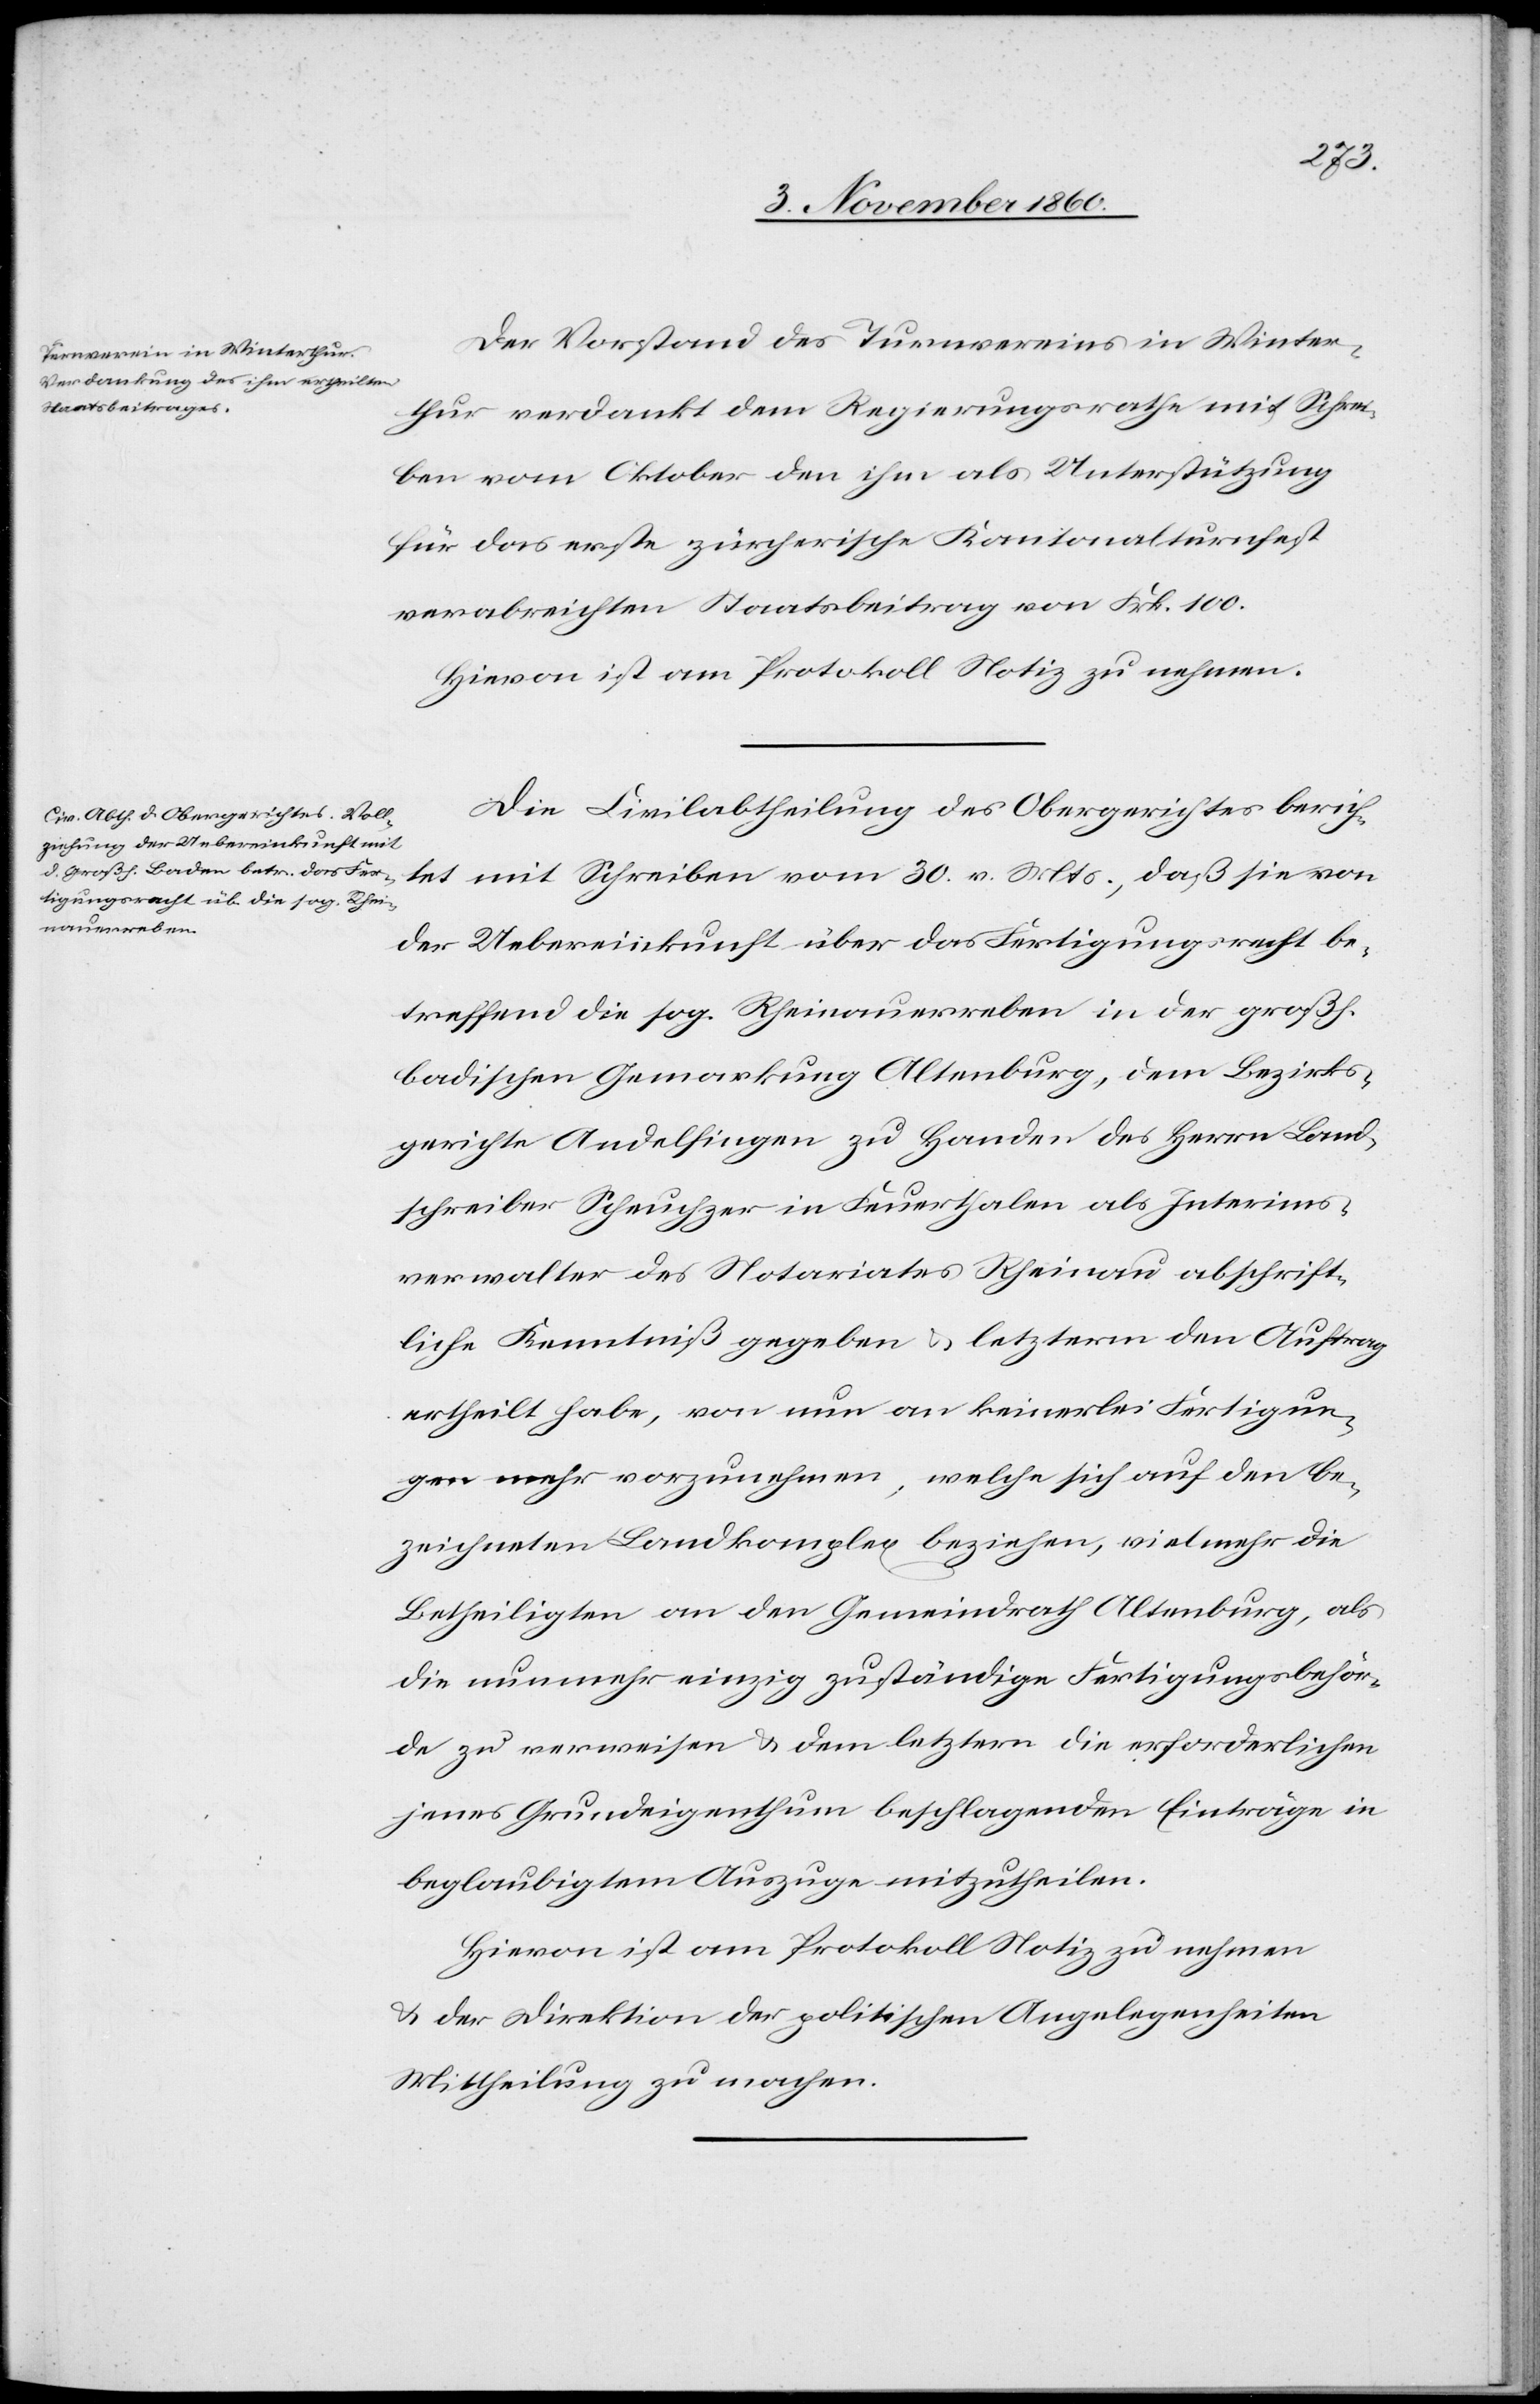
daß sie
Der Vorstand des Turnvereins in Winter¬
thur verdankt dem Regierungsrathe mit Schrei¬
ben vom Oktober den ihm als Unterstützung
für das erste zürcherische Kantonalturnfest
verabreichten Staatsbeitrag von Frk. 100.
Hievon ist am Protokoll Notiz zu nehmen.
Die Civilabtheilung des Obergerichtes berich¬
der Uebereinkunft über das Fertigungsrecht be¬
treffend die sog. Rheinauerreben in der großh.
badischen Gemarkung Altenburg, dem Bezirks¬
gerichte Andelfingen zu Handen des Herrn Land¬
schreiber Scheuchzer in Feuerthalen als Interims¬
verwalter des Notariates Rheinau abschrift¬
liche Kenntniß gegeben u. letzterm den Auftrag
ertheilt habe, von nun an keinerlei Fertigun¬
gen mehr vorzunehmen, welche sich auf den be¬
zeichneten Landkomplex beziehen, vielmehr die
Betheiligten an den Gemeindrath Altenburg, als
die nunmehr einzig zuständige Fertigungsbehör¬
de zu verweisen u. dem letztern die erforderlichen
jenes Grundeigenthum beschlagenden Einträge in
beglaubigtem Auszuge mitzutheilen.
Hievon ist am Protokoll Notiz zu nehmen
u. der Direktion der politischen Angelegenheiten
Mittheilung zu machen.